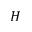
H